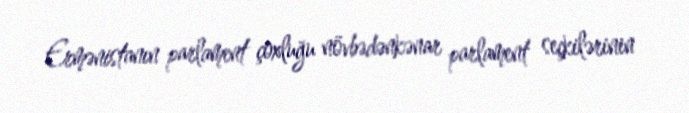
Ermənistanın parlament çoxluğu növbədənkənar parlament seçkilərinin